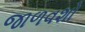
જાળવશો